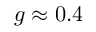
g \approx 0 . 4